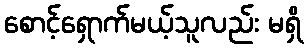
စောင့်ရှောက်မယ့်သူလည်း မရှိ